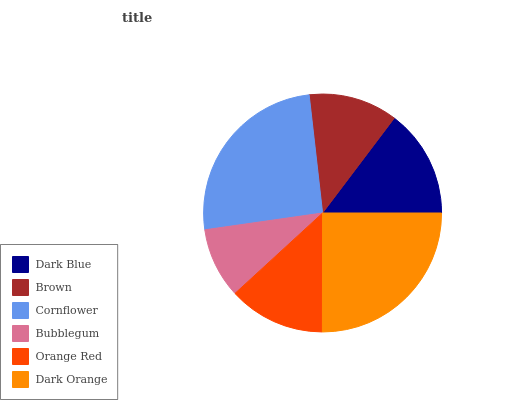
| Dark Blue | Brown | Cornflower | Bubblegum | Orange Red | Dark Orange |
 | --- | --- | --- | --- | --- | --- |
 | 14.7% | 12.1% | 25.5% | 9.57% | 13.2% | 25% |